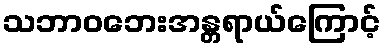
သဘာဝဘေးအန္တရာယ်ကြောင့်